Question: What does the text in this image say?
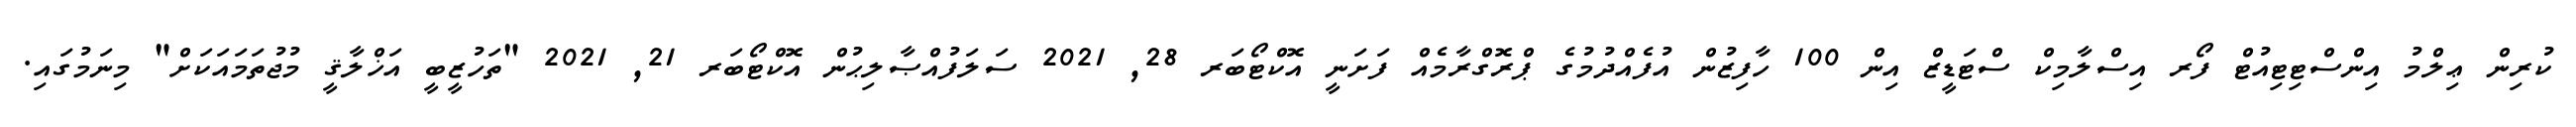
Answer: ކުރިން ޢިލްމު އިންސްޓިޓިއުޓް ފޯރ އިސްލާމިކް ސްޓަޑީޒް އިން 100 ހާފިޒުން އުފެއްދުމުގެ ޕްރޮގްރާމެއް ފަށަނީ އޮކްޓޯބަރ 28, 2021 ސަލަފުއްޞާލިޙުން އޮކްޓޯބަރ 21, 2021 "ތަހުޒީބީ އަޚްލާޤީ މުޖުތަމައަކަށް" މިނަމުގައި.